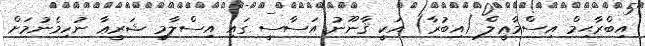
އިބްރާޙިމް އިސްމާޢީލް (އިބުރާ) އަކީ ޤާނޫނު އަސާސީ ގައި އިސްލާމީ ޝަރީޢާ ނުހިމެނުމަށް